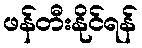
ဖန်တီးနိုင်ရန်